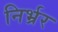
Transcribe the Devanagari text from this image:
निर्भ्रर